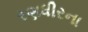
રણધીરના